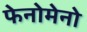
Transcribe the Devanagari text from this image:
फेनोमेनो